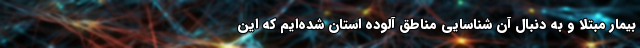
بیمار مبتلا و به دنبال آن شناسایی مناطق آلوده استان شده‌ایم که این